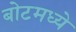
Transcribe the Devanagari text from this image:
बोटमध्ये